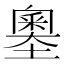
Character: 𡒃